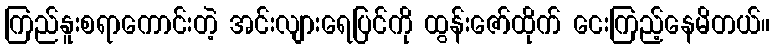
ကြည်နူးစရာကောင်းတဲ့ အင်းလျားရေပြင်ကို ထွန်းဇော်ထိုက် ငေးကြည့်နေမိတယ်။